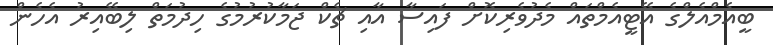
ބީއެމްއެލްގެ އޭޓީއެމްތައް މެދުވެރިކޮށް ފައިސާ އާއި ޗެކް ޖަމާކުރުމުގެ ހިދުމަތް ލިބޭއިރު އެހެން